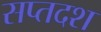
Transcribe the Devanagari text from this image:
सप्तदश